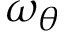
\omega _ { \theta }